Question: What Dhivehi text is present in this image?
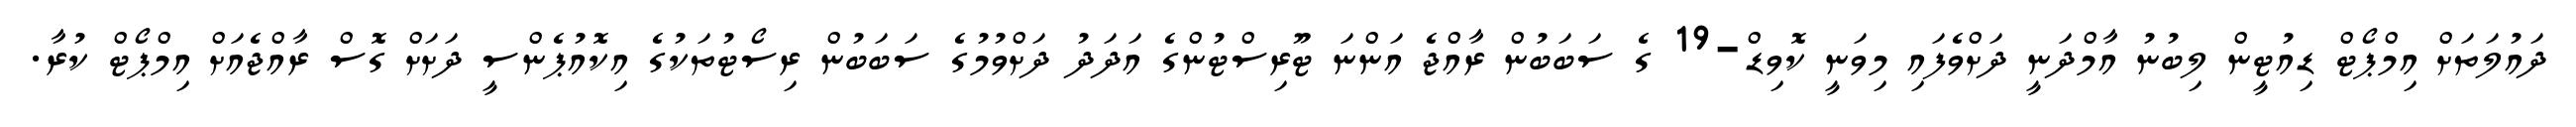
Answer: ދައުލަތަށް އިމްޕޯޓް ޑިއުޓީން ލިބުނު އާމްދަނީ ދަށްވެފައި މިވަނީ ކޮވިޑް-19 ގެ ސަބަބުން ރާއްޖެ އަންނަ ޓޫރިސްޓުންގެ އަދަދު ދަށްވުމުގެ ސަބަބުން ރިސޯޓުތަކުގެ އިކޮއުޕެންސީ ދަށަށް ގޮސް ރާއްޖެއަށް އިމްޕޯޓް ކުރާ.